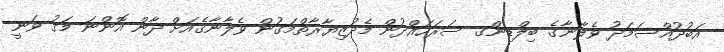
އަބުދުއްސަމަދު ވެލާނާގެ ބިލްޑިންގ ސަރަހައްދުން މެދުޒިޔާރާތްމަގުން ވެލާނާގެއަށް ދާން އޮންނަ މަގު ވަނީ